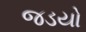
જડયો